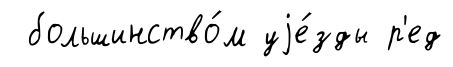
большинство́м уjе́зды р'ед